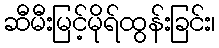
ဆီမီးမြင့်မိုရ်ထွန်းခြင်း၊